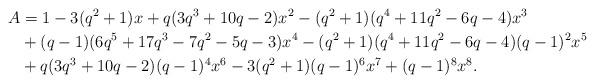
LaTeX: \begin{align*}A&=1-3(q^2+1)x+q(3q^3+10q-2)x^2-(q^2+1)(q^4+11q^2-6q-4)x^3\\&+(q-1)(6q^5+17q^3-7q^2-5q-3)x^4-(q^2+1)(q^4+11q^2-6q-4)(q-1)^2x^5\\&+q(3q^3+10q-2)(q-1)^4x^6-3(q^2+1)(q-1)^6x^7+(q-1)^8x^8.\end{align*}